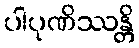
ပါပုဏိဿန္တိ